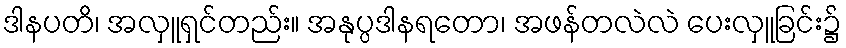
ဒါနပတိ၊ အလှူရှင်တည်း။ အနုပ္ပဒါနရတော၊ အဖန်တလဲလဲ ပေးလှူခြင်း၌